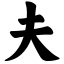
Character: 夫